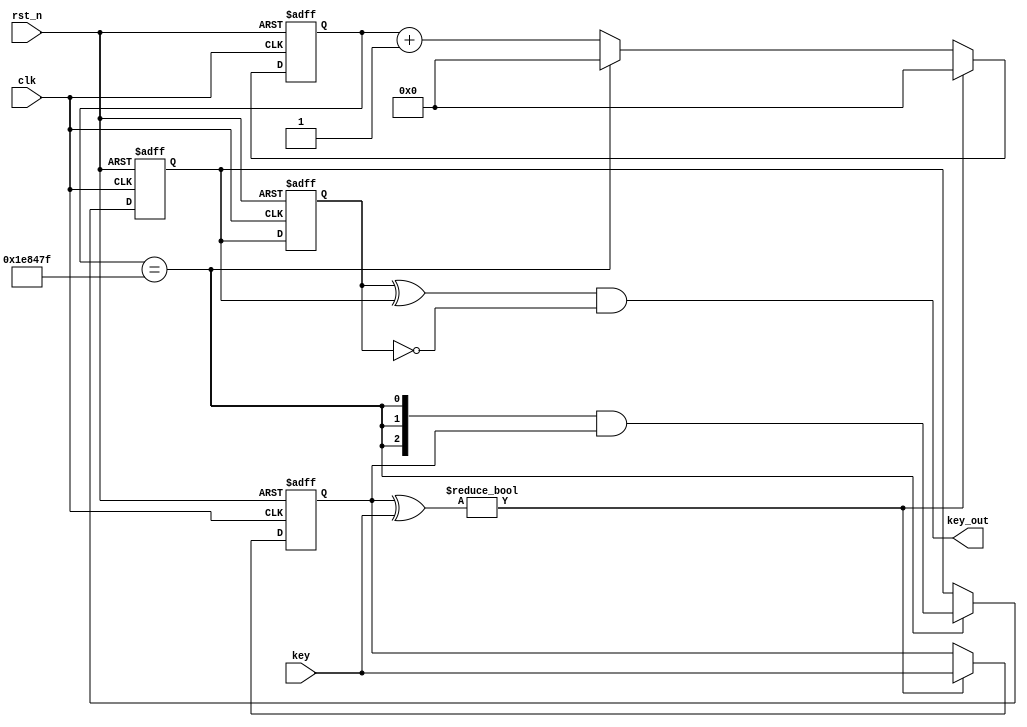
`timescale 1ns/1ps

module key_d
#(
    parameter NUM_KEY = 3,
    parameter CLK_FREQ = 100_000_000    // The frequency of board is 100MHz
)
(
    input clk,
    input rst_n,
    input [NUM_KEY-1:0] key,            // key_press[0] BTNU, key_press[1] BTND, key_press[2] BTNC
    // output reg test_led,
    output [NUM_KEY-1:0] key_out    
);
    localparam SCAN_CNT = CLK_FREQ * 20 / 1000 - 1;
    localparam SCAN_CNT_WIDTH = $clog2(SCAN_CNT);

    reg [SCAN_CNT_WIDTH-1:0] counter; 
    reg [NUM_KEY-1:0] key_prev;
    reg [NUM_KEY-1:0] key_status;

    wire [2:0] key_change = key_prev ^ key;    // Judge the key whether be pressed

    wire [NUM_KEY-1:0] key_stable;
    assign key_stable = {(NUM_KEY){(counter == SCAN_CNT)}} & key_prev;   // Attention: 

    // Control the counter
    always @(posedge clk or negedge rst_n)  begin
        if(!rst_n)  begin
            counter <= {(SCAN_CNT_WIDTH){1'b0}};
            key_prev <= {(NUM_KEY){1'b0}};
            // test_led <= 1'd0;
        end
        else if(key_change) begin
            counter <= {(SCAN_CNT_WIDTH){1'b0}};
            key_prev <= key;
            // test_led <= ~test_led;
        end
        else begin
            if(counter == SCAN_CNT)   begin
                counter <= {(SCAN_CNT_WIDTH){1'b0}};
            end
            else begin
                counter <= counter + 1'd1;
            end
            key_prev <= key_prev;
        end
    end
    
    always @(posedge clk or negedge rst_n)  begin
        if(!rst_n)  begin
            key_status <= 3'b000;
        end
        else if(counter == SCAN_CNT) begin
            key_status <= key_stable;
        end
    end

    reg [NUM_KEY-1:0]   key_reg;
    always @(posedge clk or negedge rst_n) begin
        if(!rst_n)  begin
            key_reg <= 3'd0;
        end
        else begin
            key_reg <= key_status;
        end
    end

    assign key_out = (key_reg ^ key_status) & (~key_reg);
endmodule